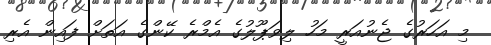
މި އަހަރުގެ ޖެނުއަރީ މަހު ލިވަޕޫލުގެ އެމްރެ ކޭންގެ އަތަށް ފައިން އެރި